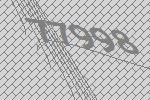
77998